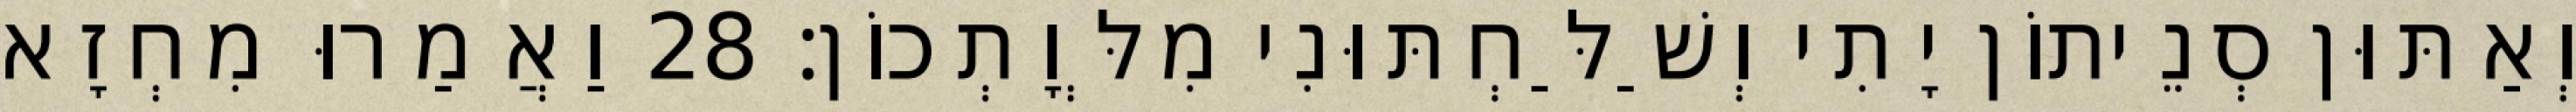
וְאַתּוּן סְנֵיתוֹן יָתִי וְשַׁלַּחְתּוּנִי מִלְּוָתְכוֹן׃ 28 וַאֲמַרוּ מִחְזָא